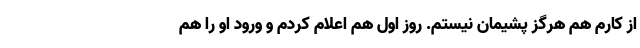
از کارم هم هرگز پشیمان نیستم. روز اول هم اعلام کردم و ورود او را هم